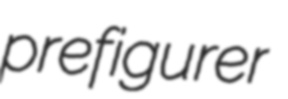
prefigurer